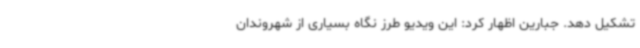
تشکیل دهد. جبارین اظهار کرد: این ویدیو طرز نگاه بسیاری از شهروندان